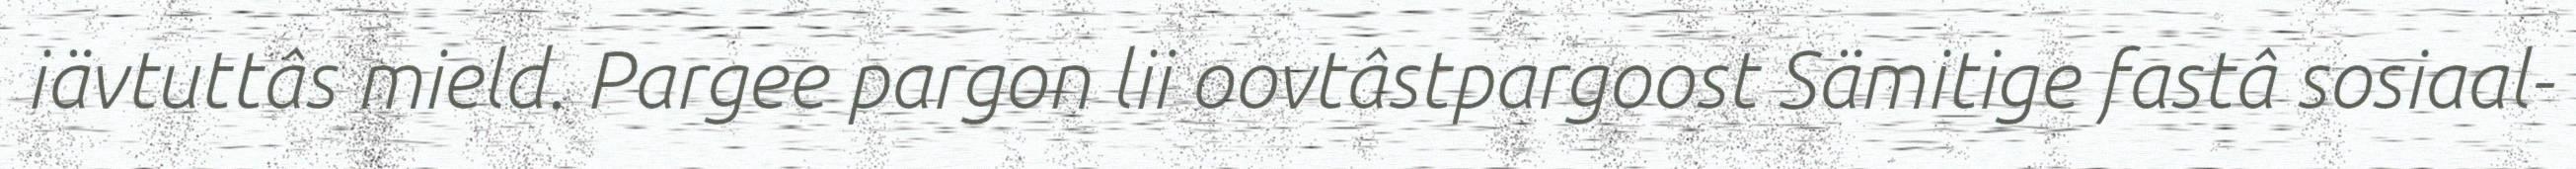
iävtuttâs mield. Pargee pargon lii oovtâstpargoost Sämitige fastâ sosiaal-